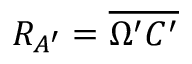
R _ { A ^ { \prime } } = \overline { { \Omega ^ { \prime } C ^ { \prime } } }